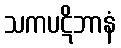
သကပဋိဘာနံ